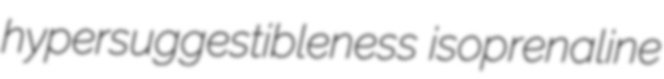
hypersuggestibleness isoprenaline